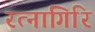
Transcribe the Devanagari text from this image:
रत्‍नागिरि